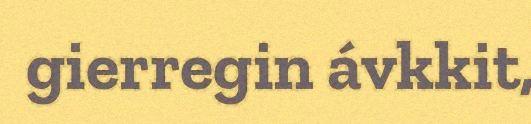
gierregin ávkkit,